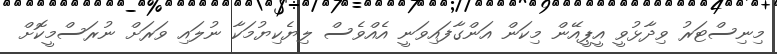
މިނިސްޓަރު ވިދާޅުވީ އީޕީއޭން މިކަން އަންގާފައިވަނީ އެއްވެސް ލިޔެކިޔުމަކާ ނުލައި ވަރަށް ނުރަސްމީކޮށް